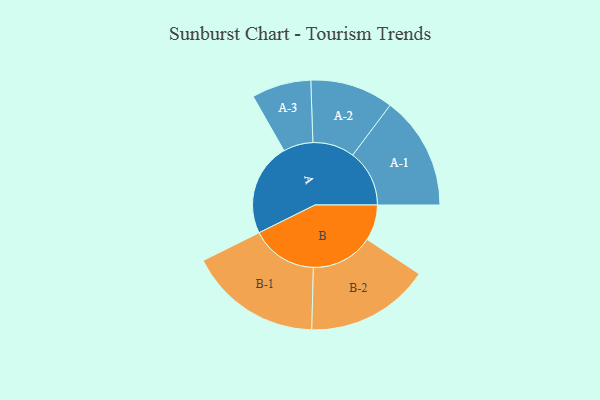
{"axis": {"x": "Segment", "y": "Value"}, "legend": ["", "A", "B"], "data": [{"x": "A", "y": 381, "type": ""}, {"x": "B", "y": 147, "type": ""}, {"x": "A-1", "y": 233, "type": "A"}, {"x": "A-2", "y": 171, "type": "A"}, {"x": "A-3", "y": 122, "type": "A"}, {"x": "B-1", "y": 273, "type": "B"}, {"x": "B-2", "y": 255, "type": "B"}]}